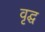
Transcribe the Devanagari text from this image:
वृद्घ